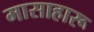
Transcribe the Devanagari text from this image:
मासाहारू